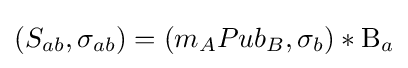
(S_{ab},\sigma _{ab})=(m_{A}Pub_{B},\sigma _{b})*\mathrm {B} _{a}